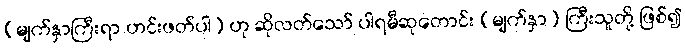
(မျက်နှာကြီးရာ ဟင်းဖတ်ပါ) ဟု ဆိုလတ်သော် ပါရမီဆုတောင်း (မျက်နှာ) ကြီးသူတို့ ဖြစ်၍